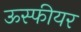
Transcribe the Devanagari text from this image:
ऊस्फीयर